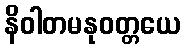
နိဝါတမနုဝတ္တယေ